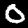
Label: 0